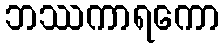
ဘဿကာရကော